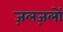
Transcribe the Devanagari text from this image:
ज़लज़लों